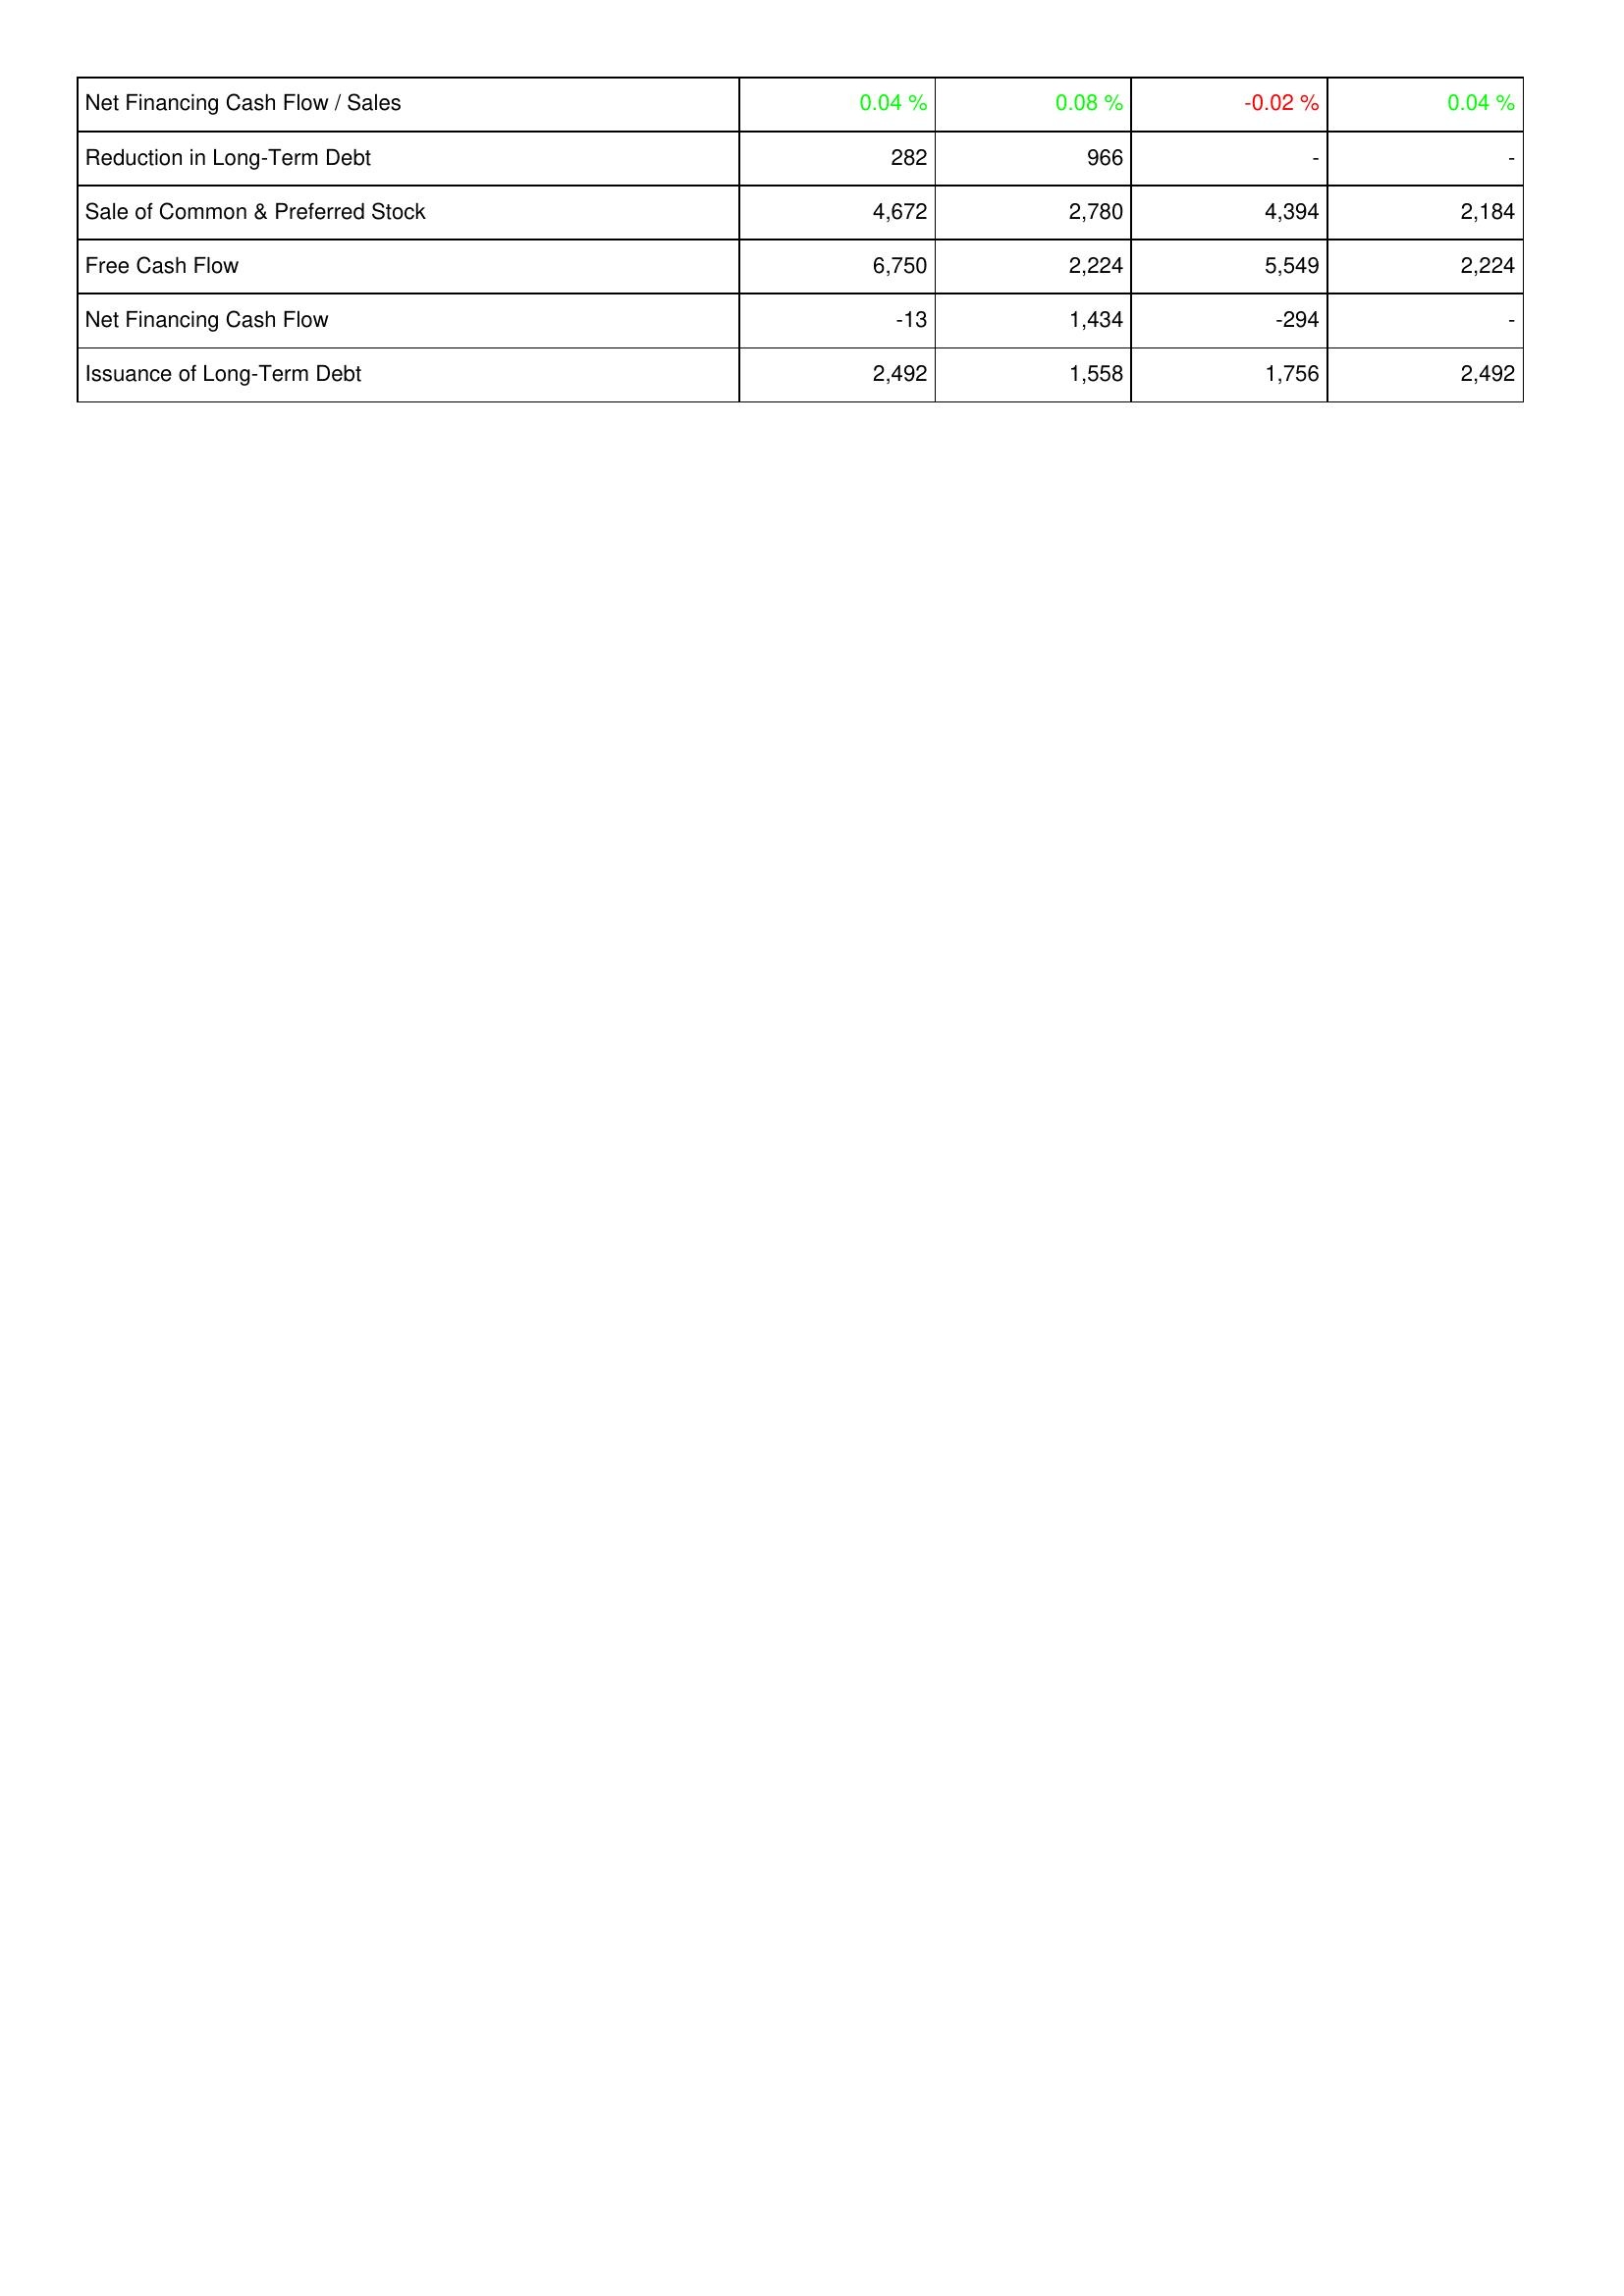
2013: Financing Activities: Net Financing Cash Flow / Sales: 0.04 %
Reduction in Long-Term Debt: 282
Sale of Common & Preferred Stock: 4,672
Free Cash Flow: 6,750
Net Financing Cash Flow: -13
Issuance of Long-Term Debt: 2,492
2012: Financing Activities: Net Financing Cash Flow / Sales: 0.08 %
Reduction in Long-Term Debt: 966
Sale of Common & Preferred Stock: 2,780
Free Cash Flow: 2,224
Net Financing Cash Flow: 1,434
Issuance of Long-Term Debt: 1,558
2011: Financing Activities: Net Financing Cash Flow / Sales: -0.02 %
Reduction in Long-Term Debt: -
Sale of Common & Preferred Stock: 4,394
Free Cash Flow: 5,549
Net Financing Cash Flow: -294
Issuance of Long-Term Debt: 1,756
2010: Financing Activities: Net Financing Cash Flow / Sales: 0.04 %
Reduction in Long-Term Debt: -
Sale of Common & Preferred Stock: 2,184
Free Cash Flow: 2,224
Net Financing Cash Flow: -
Issuance of Long-Term Debt: 2,492